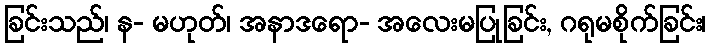
ခြင်းသည်၊ န- မဟုတ်၊ အနာဒရော- အလေးမပြုခြင်း, ဂရုမစိုက်ခြင်း၊